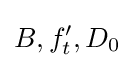
B,f'_{t},D_{0}